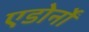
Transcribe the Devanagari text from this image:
एडोर्नों